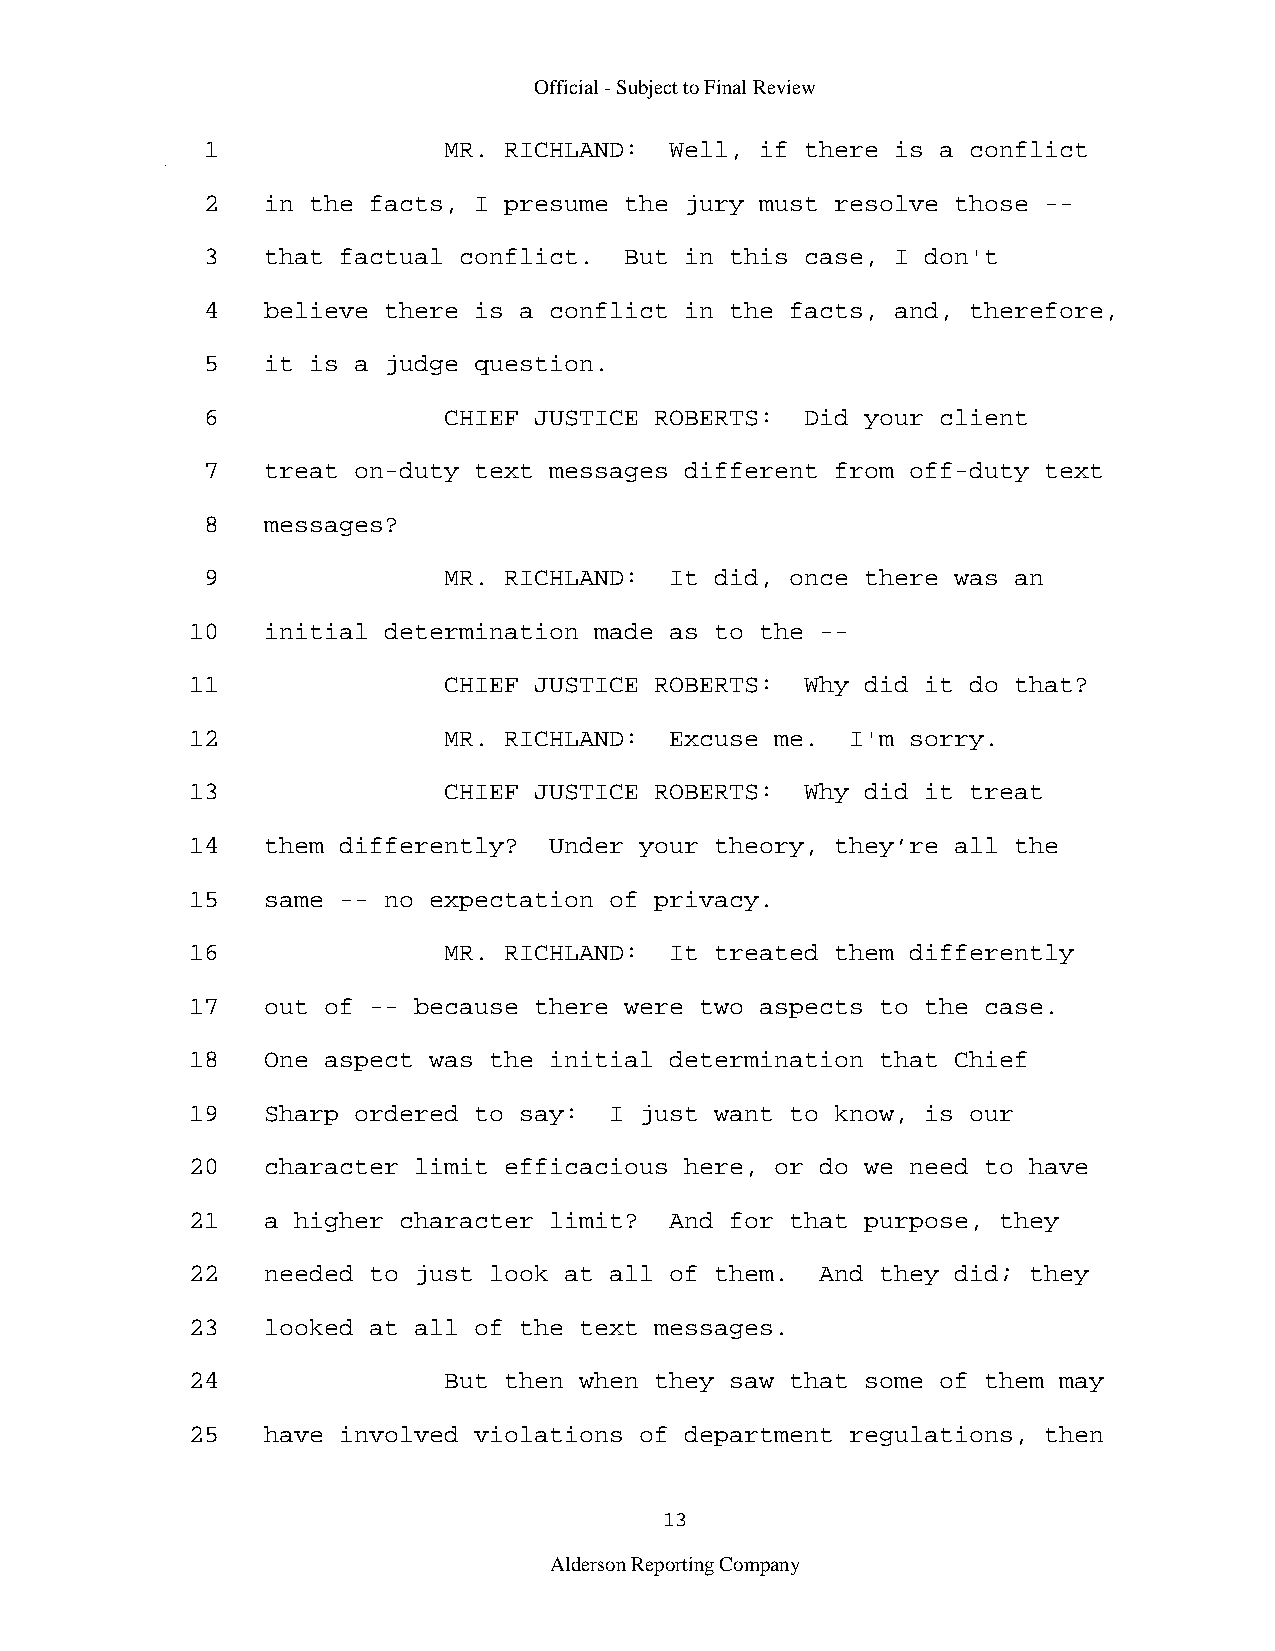
Official - Subject to Final Review
 1               MR. RICHLAND:  Well, if there is a conflict
 2   in the facts, I presume the jury must resolve those --
 3   that factual conflict.  But in this case, I don't
 4   believe there is a conflict in the facts, and, therefore,
 5   it is a judge question.
 6               CHIEF JUSTICE ROBERTS:  Did your client
 7   treat on-duty text messages different from off-duty text
 8   messages?
 9               MR. RICHLAND:  It did, once there was an
 10   initial determination made as to the --
 11               CHIEF JUSTICE ROBERTS:  Why did it do that?
 12               MR. RICHLAND:  Excuse me.  I'm sorry.
 13               CHIEF JUSTICE ROBERTS:  Why did it treat
 14   them differently?  Under your theory, they’re all the
 15   same -- no expectation of privacy.
 16               MR. RICHLAND:  It treated them differently
 17   out of -- because there were two aspects to the case.
 18   One aspect was the initial determination that Chief
 19   Sharp ordered to say:  I just want to know, is our
 20   character limit efficacious here, or do we need to have
 21   a higher character limit?  And for that purpose, they
 22   needed to just look at all of them.  And they did; they
 23   looked at all of the text messages.
 24               But then when they saw that some of them may
 25   have involved violations of department regulations, then
 13
 Alderson Reporting Company